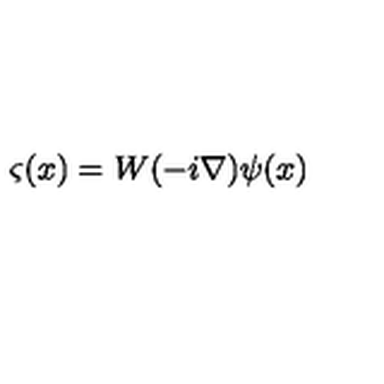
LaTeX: \varsigma ( x ) = W ( - i \mathrm { \boldmath \nabla } ) \psi ( x )